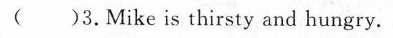
( )3.Mike is thirsty and hungry.